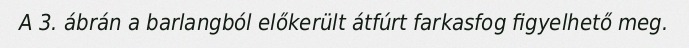
A 3. ábrán a barlangból előkerült átfúrt farkasfog figyelhető meg.